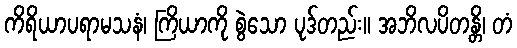
ကိရိယာပရာမသနံ၊ ကြိယာကို စွဲသော ပုဒ်တည်း။ အဘိလပိတန္တိ၊ တံ